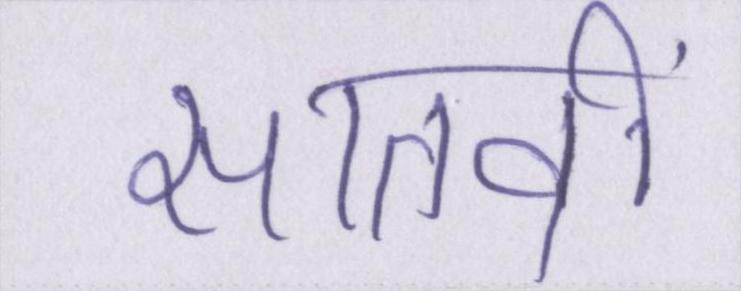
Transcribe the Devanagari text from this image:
सातवीं